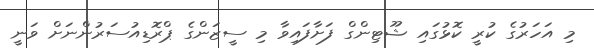
މި އަހަރުގެ ކުރީ ކޮޅުގައި ޝޫޓިންގް ފަށާފައިވާ މި ސީޒަންގެ ޕްރޮޑިއުސަރުންނަށް ވަނީ